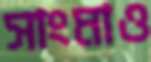
সাংমাও